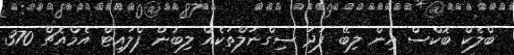
ބްލެކް ބޮކްސް އިން ލިބޭ ފަދަ ސިގްނަލްތަކެއް ލިބުން ފްލައިޓް އެމްއެޗް 370